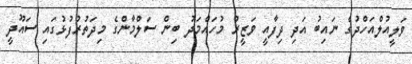
ވަލީއުލްއަހްދުގެ ނައިބު އަދި ދިފާއީ ވަޒީރު މުހައްމަދު ބިން ސަލްމާންގެ މިދަތުރުފުޅުގައި ސައޫދީ